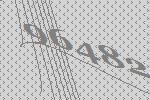
96482